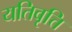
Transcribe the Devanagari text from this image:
यतिवृत्ति